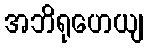
အဘိရုဟေယျ